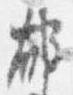
郁